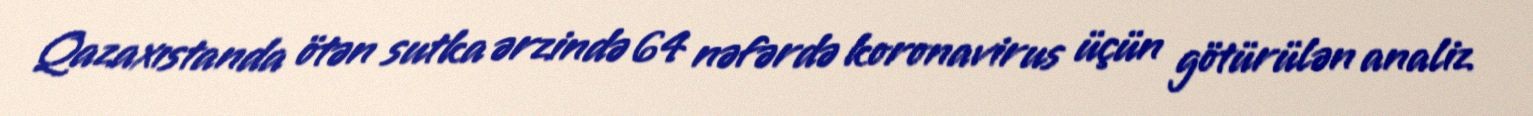
Qazaxıstanda ötən sutka ərzində 64 nəfərdə koronavirus üçün götürülən analiz